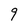
Character: 9